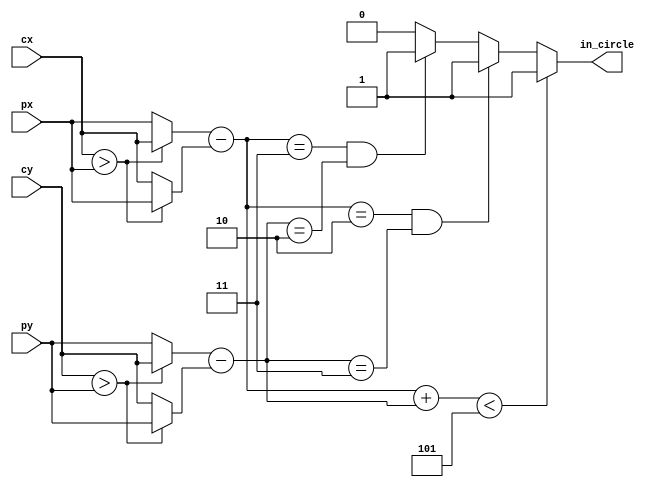
module compa(
input [3:0] cx,
input [3:0] px,
input [3:0] cy,
input [3:0] py,
output reg in_circle);

reg [3:0] X_A;
reg [3:0] X_B;
reg [3:0] Y_A;
reg [3:0] Y_B;

wire [3:0] X_dis;
wire [3:0] Y_dis;

assign X_dis = X_A - X_B;
assign Y_dis = Y_A - Y_B;

always @(*) begin
	if(X_dis + Y_dis < 5) begin
		in_circle = 1;
	end
	else if((X_dis == 2) && (Y_dis == 3)) begin
		in_circle = 1;
	end
	else if((X_dis == 3) && (Y_dis == 2)) begin
		in_circle = 1;
	end
	else begin
		in_circle = 0;
	end
end

always @(*) begin
	if(cx > px) begin
		X_A = cx;
		X_B = px;
	end
	else begin
		X_A = px;
		X_B = cx;
	end
end

always @(*) begin
	if(cy > py) begin
		Y_A = cy;
		Y_B = py;
	end
	else begin
		Y_A = py;
		Y_B = cy;
	end
end

endmodule